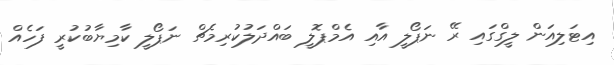
އިޓަލިއަން ލީގްގައި ރޭ ނަޕޯލީ އާއި އެމްޕޮލީ ބައްދަލުކުރިމެޗް ނަޕޯލީ ކާމިޔާބުކުރީ ފަހެއް